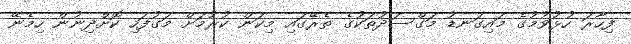
ފިހާރަ ހުޅުވުމުގެ މައިގަނޑު މަގްސަދުތަކުގެ ތެރޭގައި މިކަން ކުރުމަށް މަގުފަހި ކޮށްދިނުން ހިމެނޭ